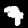
Digit: 7